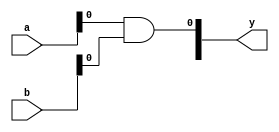
module multiplier_4bit ( 
	input [3:0] a,
	input [3:0] b,
	output [7:0] y);
	
	// partial products
	
	and a00 (y[0],a[0],b[0]);
	and a01 (p01,a[0],b[1]);
	and a02 (p02,a[0],b[2]);
	and a03 (p03,a[0],b[3]);
	and a10 (p10,a[1],b[0]);
	and a11 (p11,a[1],b[1]);
	and a12 (p12,a[1],b[2]);
	and a13 (p13,a[1],b[3]);
	and a20 (p20,a[2],b[0]);
	and a21 (p21,a[2],b[1]);
	and a22 (p22,a[2],b[2]);
	and a23 (p23,a[2],b[3]);
	and a30 (p30,a[3],b[0]);
	and a31 (p31,a[3],b[1]);
	and a32 (p32,a[3],b[2]);
	and a33 (p33,a[3],b[3]);
	
	/*
	HA h1 ( .a(in1),.b(in2),.c_out(carry),.sum(sum));
	FA f1 ( .a(in1),.b(in2),.c_in(c_in),.sum(sum),.c_out(carry));
	*/
	
	`ifdef M1
	HA h1 ( .a(p01),.b(p10),.c_out(c0),.sum(y[1]));
	
	FA f2 ( .a(c0),.b(p02),.c_in(p11),.sum(s1),.c_out(c1));
	HA h2 ( .a(s1),.b(p20),.c_out(c2),.sum(y[2]));
	
	FA f30 ( .a(c1),.b(c2),.c_in(p03),.sum(s3),.c_out(c3));
	FA f31 ( .a(s3),.b(p12),.c_in(p21),.sum(s4),.c_out(c4));
	HA h3 ( .a(s4),.b(p30),.c_out(c5),.sum(y[3]));
	
	
	FA f40 ( .a(c3),.b(c4),.c_in(c5),.sum(s5),.c_out(c6));
	FA f41 ( .a(s5),.b(p13),.c_in(p22),.sum(s6),.c_out(c7));
	HA h4 ( .a(s6),.b(p31),.c_out(c8),.sum(y[4]));
	
	
	FA f50 ( .a(c6),.b(c7),.c_in(c8),.sum(s7),.c_out(c9));
	FA f51 ( .a(s7),.b(p23),.c_in(p32),.sum(y[5]),.c_out(c10));
	
	FA f60 ( .a(c9),.b(c10),.c_in(p33),.sum(y[6]),.c_out(y[7]));
	
	`endif
	
	/*	HA h1 ( .a(),.b(),.c_out(),.sum());
		FA f1 ( .a(),.b(),.c_in(),.sum(),.c_out());
		XFA x1(.a(),.b(),.c(),.d(),.c_out(),.sum());
		XLFA x1(.a(),.b(),.c(),.d(),.e(),.c_out({,}),.sum());	
	*/
	`ifdef M2
		HA h1 ( .a(p01),.b(p10),.c_out(c0),.sum(y[1]));
	
		XFA x1(.a(p20),.b(p11),.c(p02),.d(c0),.c_out({c2,c1}),.sum(y[2]));
		
		XLFA xl1(.a(p30),.b(p21),.c(p12),.d(p03),.e(c1),.c_out({c4,c3}),.sum(y[3]));	
		
		
		XLFA xl1(.a(p31),.b(p22),.c(p13),.d(c2),.e(c3),.c_out({c6,c5}),.sum(y[4]));	
		
		
		XFA x1(.a(p32),.b(p23),.c(c4),.d(cc5),.c_out({c8,c7}),.sum(y[5]));
		
				
		FA f60 ( .a(p33),.b(c6),.c_in(c7),.sum(y[6]),.c_out(y[7]));
		
		HA h1 ( .a(c8),.b(c9),.c_out(dummy),.sum(y[7]));
	`endif
	
	
	
endmodule